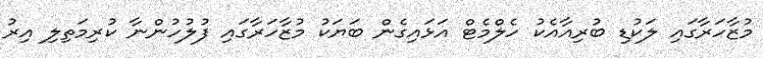
މުޒާހަރާގައި ލަކުޑި ބުރިއާއެކު ހެލްމެޓް އަޅައިގެން ބަޔަކު މުޒާހަރާގައި ފުލުހުންނާ ކުރިމަތިލި އިރު